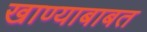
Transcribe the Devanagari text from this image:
खाण्याबाबत